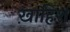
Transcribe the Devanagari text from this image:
ख़ाहिश